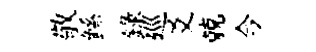
敬鲧錄廵爻兢今